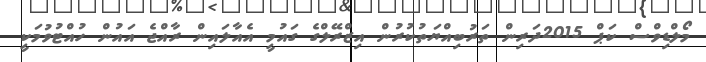
މޯލްޑިވްސް ކަޕް 2015ދަރިން ތަރުބިއްޔަތުކުރުން އިޒްރޭލްގެ ގައުމީ އެއާލައިން ރާއްޖެ އައުން ހުއްޓުވުމަކީ